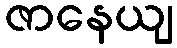
ဇာနေယျ